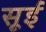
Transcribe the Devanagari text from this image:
सूईं